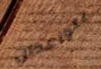
يتواعدان